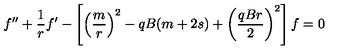
f ^ { \prime \prime } + \frac { 1 } { r } f ^ { \prime } - \left[ \left( \frac { m } { r } \right) ^ { 2 } - q B ( m + 2 s ) + \left( \frac { q B r } { 2 } \right) ^ { 2 } \right] f = 0